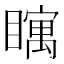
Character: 𪿀